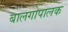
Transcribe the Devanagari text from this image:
बालगोपालक